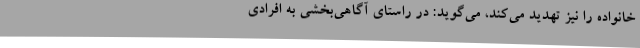
خانواده را نیز تهدید می‌کند، می‌گوید: در راستای آگاهی‌بخشی به افرادی